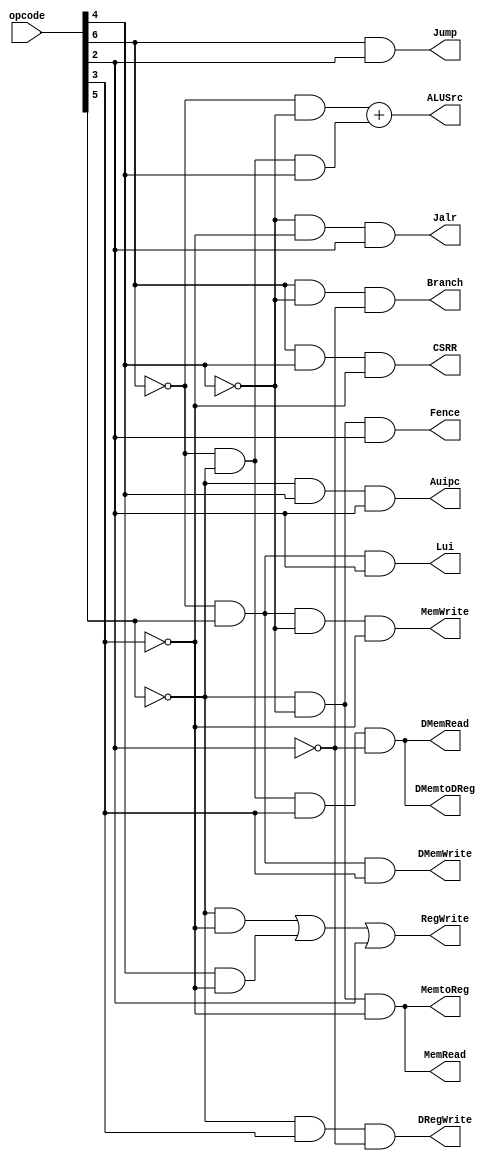
/*
	Authored 2018-2019, Ryan Voo.

	All rights reserved.
	Redistribution and use in source and binary forms, with or without
	modification, are permitted provided that the following conditions
	are met:

	*	Redistributions of source code must retain the above
		copyright notice, this list of conditions and the following
		disclaimer.

	*	Redistributions in binary form must reproduce the above
		copyright notice, this list of conditions and the following
		disclaimer in the documentation and/or other materials
		provided with the distribution.

	*	Neither the name of the author nor the names of its
		contributors may be used to endorse or promote products
		derived from this software without specific prior written
		permission.

	THIS SOFTWARE IS PROVIDED BY THE COPYRIGHT HOLDERS AND CONTRIBUTORS
	"AS IS" AND ANY EXPRESS OR IMPLIED WARRANTIES, INCLUDING, BUT NOT
	LIMITED TO, THE IMPLIED WARRANTIES OF MERCHANTABILITY AND FITNESS
	FOR A PARTICULAR PURPOSE ARE DISCLAIMED. IN NO EVENT SHALL THE
	COPYRIGHT OWNER OR CONTRIBUTORS BE LIABLE FOR ANY DIRECT, INDIRECT,
	INCIDENTAL, SPECIAL, EXEMPLARY, OR CONSEQUENTIAL DAMAGES (INCLUDING,
	BUT NOT LIMITED TO, PROCUREMENT OF SUBSTITUTE GOODS OR SERVICES;
	LOSS OF USE, DATA, OR PROFITS; OR BUSINESS INTERRUPTION) HOWEVER
	CAUSED AND ON ANY THEORY OF LIABILITY, WHETHER IN CONTRACT, STRICT
	LIABILITY, OR TORT (INCLUDING NEGLIGENCE OR OTHERWISE) ARISING IN
	ANY WAY OUT OF THE USE OF THIS SOFTWARE, EVEN IF ADVISED OF THE
	POSSIBILITY OF SUCH DAMAGE.
*/



/*
 *	RISC-V CONTROL UNIT
 */
module control(
		opcode,
		MemtoReg,
		RegWrite,
		MemWrite,
		MemRead,
		Branch,
		ALUSrc,
		Jump,
		Jalr,
		Lui,
		Auipc,
		Fence,
		CSRR,
		
		//new control signals for uncertainty
		DMemtoDReg,
		DRegWrite,
		DMemRead,
		DMemWrite
	);

	input	[6:0] opcode;
	output	MemtoReg, RegWrite, MemWrite, MemRead, Branch, ALUSrc, Jump, Jalr, Lui, Auipc, Fence, CSRR, DMemtoDReg, DRegWrite, DMemRead, DMemWrite;

	assign MemtoReg = (~opcode[5]) & (~opcode[4]) & (~opcode[3]);
	assign RegWrite = ((~opcode[5]) & (~opcode[3])) | (opcode[4] & (~opcode[3])) | opcode[2];
	assign MemWrite = (~opcode[6]) & (opcode[5]) & (~opcode[4]) & (~opcode[3]);
	assign MemRead = (~opcode[5]) & (~opcode[4]) & (~opcode[3]);
	assign Branch = (opcode[6]) & (~opcode[4]) & (~opcode[2]);
	assign ALUSrc = ((~opcode[6]) & (~opcode[4])) + ((~opcode[6]) & (~opcode[5]) & (opcode[4]));
	assign Jump = (opcode[6]) & (opcode[2]);
	assign Jalr = (~opcode[4]) & (~opcode[3]) & (opcode[2]);
	assign Lui = (~opcode[6]) & (opcode[5]) & (opcode[2]);
	assign Auipc = (~opcode[5]) & (opcode[4]) & (opcode[2]);
	assign Fence = (~opcode[5]) & (~opcode[4]) & (opcode[2]);
	assign CSRR = (opcode[6]) & (opcode[4]) & (~opcode[3]);
	
	//New control signals
	assign DMemtoDReg = (~opcode[6]) & (~opcode[5]) & (opcode[3]) & (~opcode[2]);
	assign DRegWrite = (~opcode[5]) & (opcode[3]) & (~opcode[2]);
	assign DMemRead = (~opcode[6]) & (~opcode[5]) & (opcode[3]) & (~opcode[2]);
	assign DMemWrite = (~opcode[6]) & (opcode[5]) & (opcode[3]);
	
endmodule